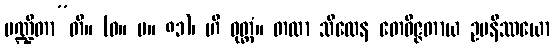
ပဏ္ဍိတာ”တိ။ (ဓ။ ပ။ ၈၁)၊ ဟိ ဝုတ္တံ။ တထာ သီလေန တေဝိဇ္ဇတာယ ဥပနိဿယော